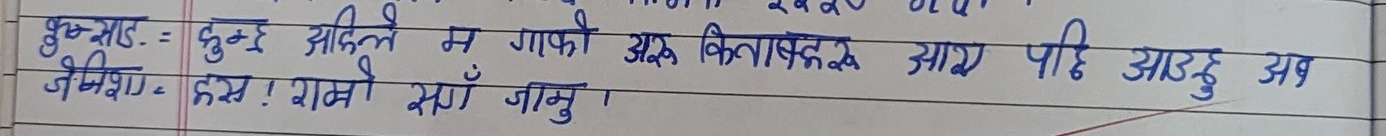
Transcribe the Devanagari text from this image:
शुभम्‌: = दुःखु अहिले म गएको अरु किताबहरू आए पछि आउनु अब
जेनिषा: = हस्र ! राम्रो सँग जानु।